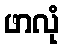
ဖာလုံ